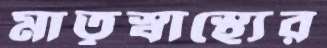
মাতৃস্বাস্থ্যের